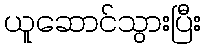
ယူဆောင်သွားပြီး